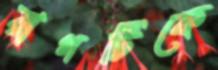
রাগটিকে